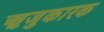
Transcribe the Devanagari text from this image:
ऋजुकारक